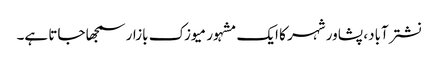
نشترآباد، پشاور شہر کا ایک مشہور میوزک بازار سمجھا جاتا ہے۔